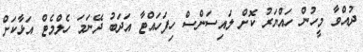
ދުއްވާ މީހުން ހައްޔަރު ކޮށް ލައިސަންސް ހިފަހައްޓާ އަދަބު ދޭނަމަ ހެލްމެޓް އަޅާކަށް